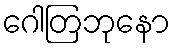
ဂေါတြဘုနော